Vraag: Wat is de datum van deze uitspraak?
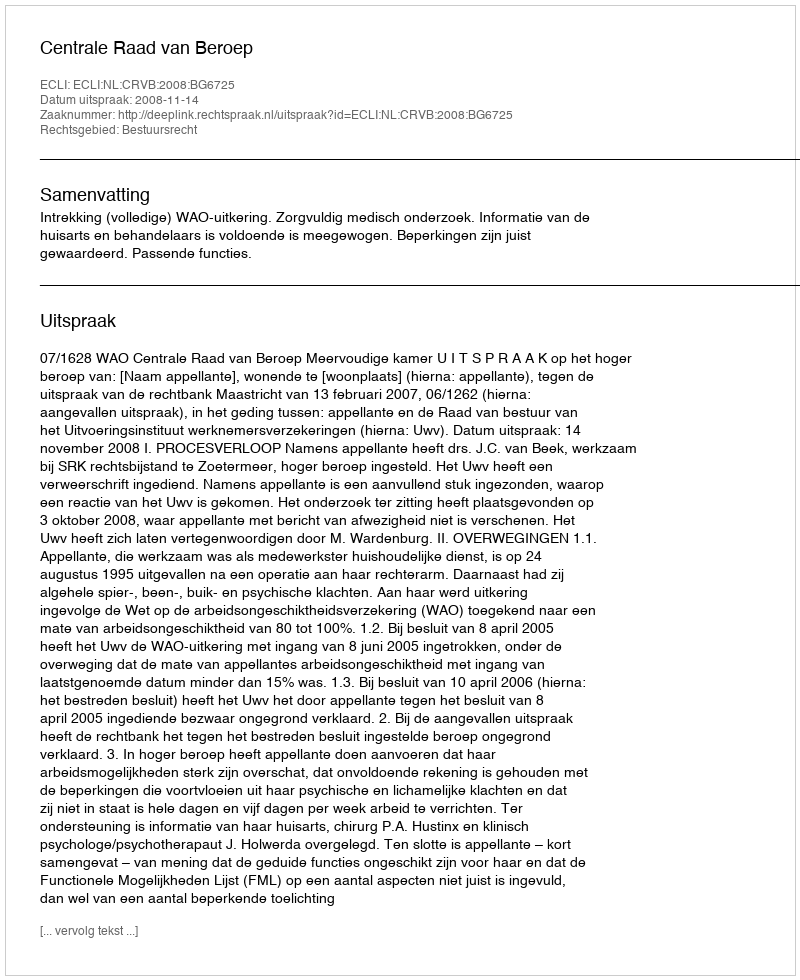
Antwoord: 2008-11-14